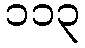
၁၁၃